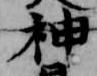
神